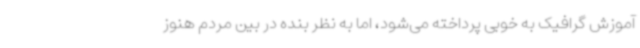
آموزش گرافیک به خوبی پرداخته می‌شود، اما به نظر بنده در بین مردم هنوز